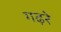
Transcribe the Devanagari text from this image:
गढ़रे